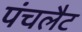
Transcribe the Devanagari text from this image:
पंचलैट